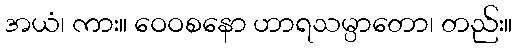
အယံ၊ ကား။ ဝေဝစနော ဟာရသမ္ပာတော၊ တည်း။